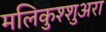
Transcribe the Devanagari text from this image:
मलिकुश्शुअरा